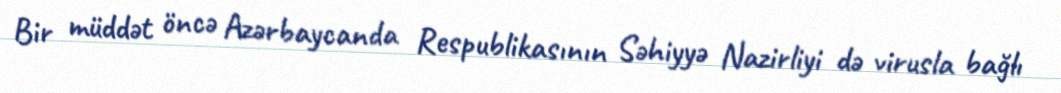
Bir müddət öncə Azərbaycanda Respublikasının Səhiyyə Nazirliyi də virusla bağlı